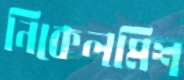
নিকেলমিশ